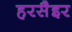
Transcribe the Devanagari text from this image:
हरसैइर